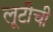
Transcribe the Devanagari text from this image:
लूटीची